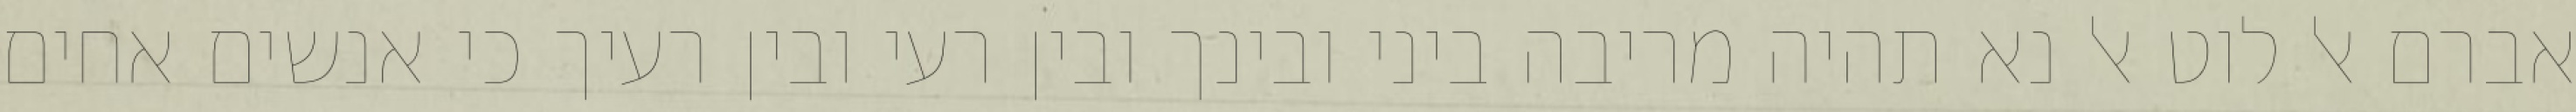
אברם אל לוט אל נא תהיה מריבה ביני ובינך ובין רעי ובין רעיך כי אנשים אחים